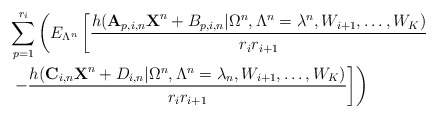
\begin{align*}&\sum_{p=1}^{r_i}\left(E_{\Lambda^n}\left[\frac{h(\textbf{A}_{p,i,n}\textbf{X}^n+B_{p,i,n}|\Omega^n,\Lambda^n=\lambda^n,W_{i+1},\ldots,W_K)}{r_ir_{i+1}}\right.\right.\\&\left.\left.-\frac{h(\textbf{C}_{i,n}\textbf{X}^n+D_{i,n}|\Omega^n,\Lambda^n=\lambda_n,W_{i+1},\ldots,W_K)}{r_ir_{i+1}}\right]\right)\end{align*}